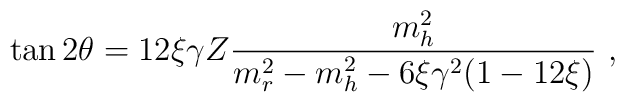
\tan 2 \theta = 12 \xi \gamma Z \frac{m^2 _h}{m^2_r-m^2_h - 6 \xi \gamma^2 (1 -12 \xi)} \hbox{ , }